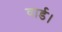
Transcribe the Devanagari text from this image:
वार्ड।